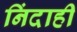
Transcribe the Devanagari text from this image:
निंदाही